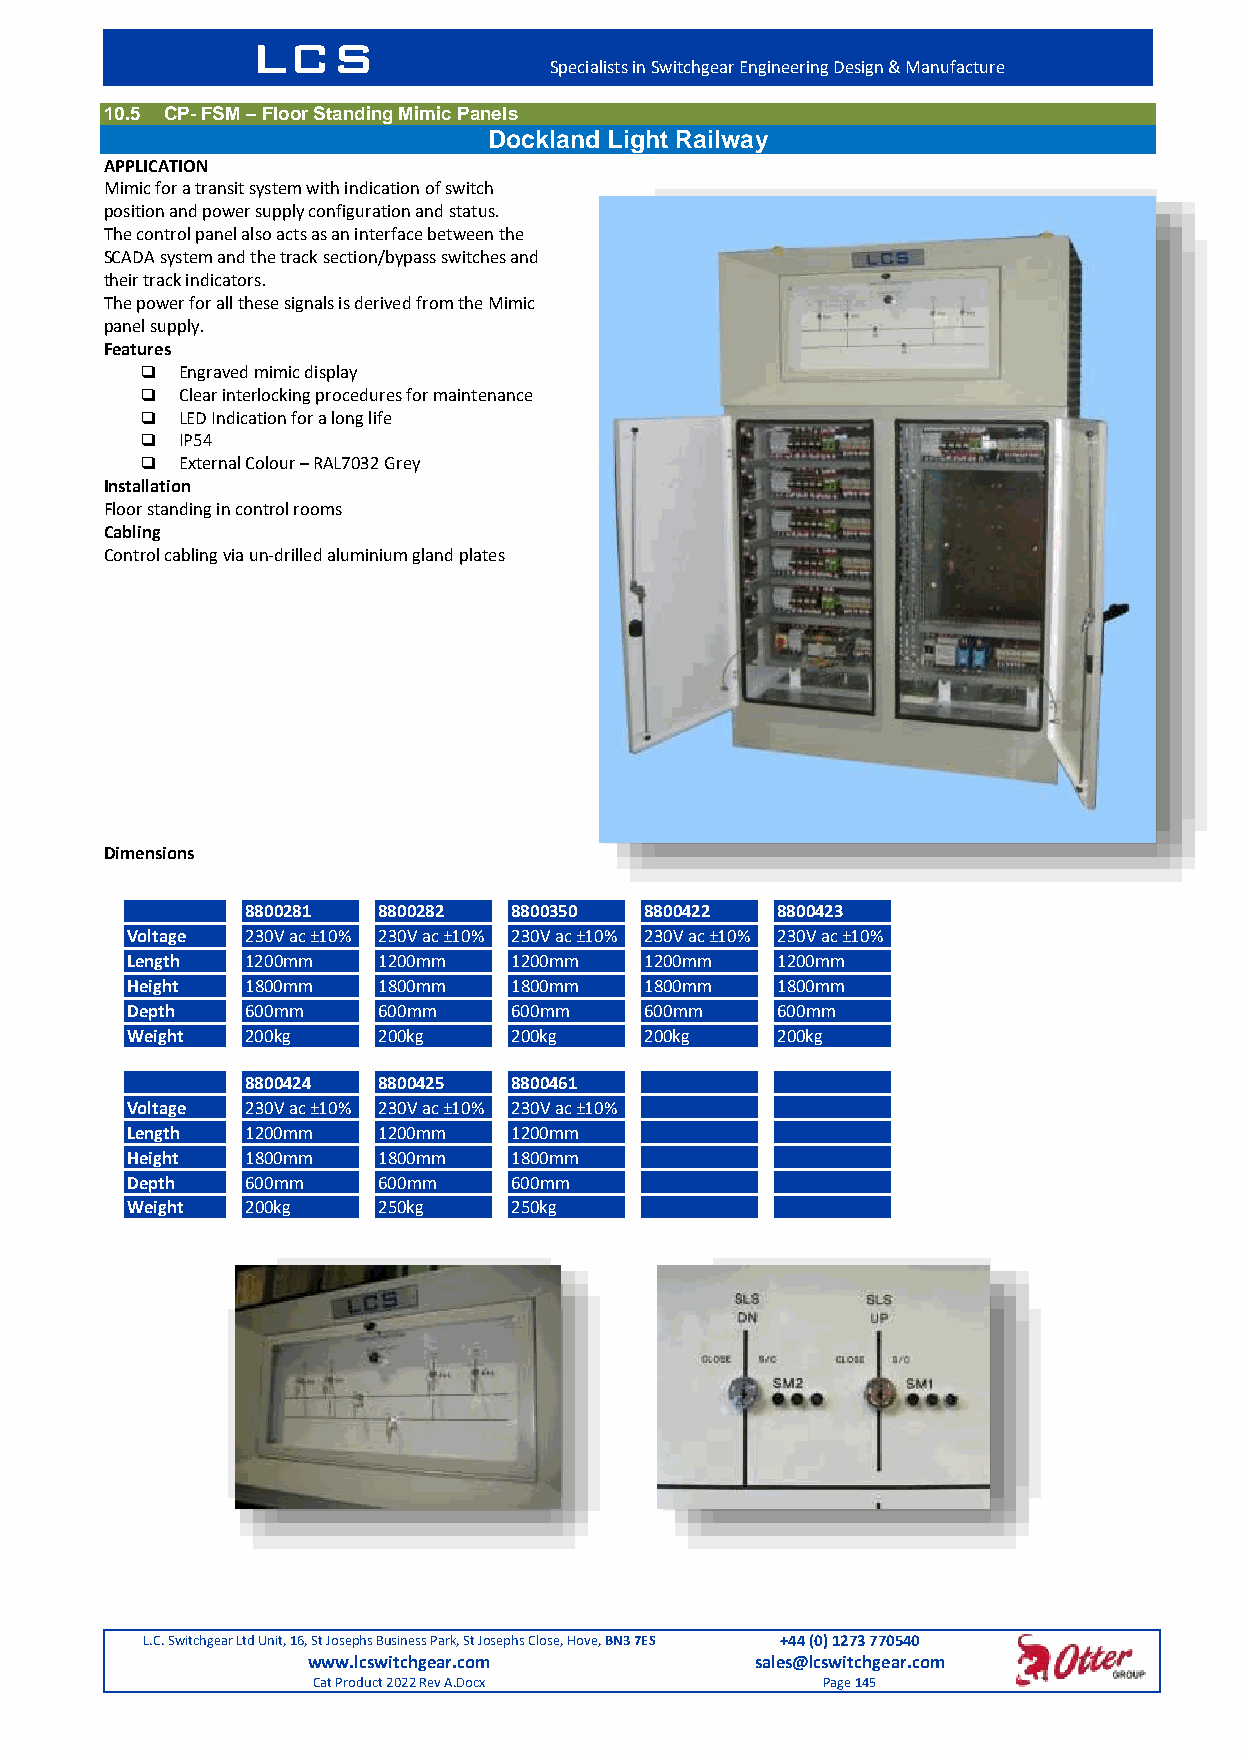
LCS
 Specialists in Switchgear Engineering Design & Manufacture
 10.5 CP- FSM – Floor Standing Mimic Panels
 Dockland Light Railway
 APPLICATION
 Mimic for a transit system with indication of switch
 position and power supply configuration and status.
 The control panel also acts as an interface between the
 SCADA system and the track section/bypass switches and
 their track indicators.
 The power for all these signals is derived from the Mimic
 panel supply.
 Features
   Engraved mimic display
   Clear interlocking procedures for maintenance
   LED Indication for a long life
   IP54
   External Colour – RAL7032 Grey
 Installation
 Floor standing in control rooms
 Cabling
 Control cabling via un-drilled aluminium gland plates
 Dimensions
 8800281  8800282  8800350  8800422 8800423
 Voltage 230V ac ±10% 230V ac ±10% 230V ac ±10% 230V ac ±10% 230V ac ±10%
 Length  1200mm   1200mm   1200mm   1200mm  1200mm
 Height  1800mm   1800mm   1800mm   1800mm  1800mm
 Depth   600mm    600mm    600mm    600mm   600mm
 Weight  200kg    200kg    200kg    200kg   200kg
 8800424  8800425  8800461
 Voltage 230V ac ±10% 230V ac ±10% 230V ac ±10%
 Length  1200mm   1200mm   1200mm
 Height  1800mm   1800mm   1800mm
 Depth   600mm    600mm    600mm
 Weight  200kg    250kg    250kg
 L.C. Switchgear Ltd Unit, 16, St Josephs Business Park, St Josephs Close, Hove, BN3 7ES +44 (0) 1273 770540
 www.lcswitchgear.com          sales@lcswitchgear.com
 Cat Product 2022 Rev A.Docx      Page 145